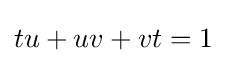
tu+uv+vt=1